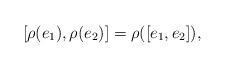
LaTeX: \begin{align*}[\rho(e_1), \rho(e_2)] = \rho([e_1, e_2]),\end{align*}